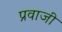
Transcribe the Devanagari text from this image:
प्रवाजी